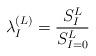
LaTeX: \begin{align*}\lambda _I^{(L)}={\frac{S_I^L}{S_{I=0}^L}}\end{align*}